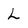
Character: L